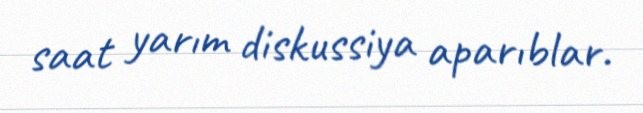
saat yarım diskussiya aparıblar.